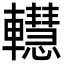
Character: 䡺